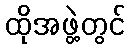
ထိုအဖွဲ့တွင်